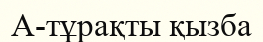
A-тұрақты қызба